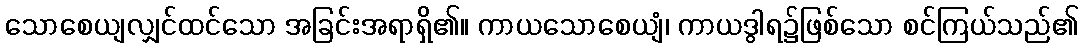
သောစေယျလျှင်ထင်သော အခြင်းအရာရှိ၏။ ကာယသောစေယျံ၊ ကာယဒွါရ၌ဖြစ်သော စင်ကြယ်သည်၏